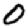
Digit: 0